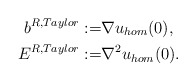
\begin{align*}b^{R,Taylor}:=&\nabla u_{hom}(0),\\E^{R,Taylor}:=&\nabla^2 u_{hom}(0).\end{align*}